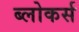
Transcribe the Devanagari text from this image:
ब्लोकर्स